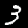
Label: 3